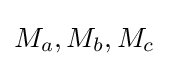
M_{a},M_{b},M_{c}